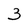
Character: 3